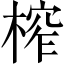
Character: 榨